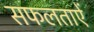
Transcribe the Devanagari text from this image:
सफलताऐं